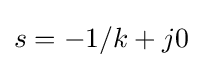
s={-1/k+j0}